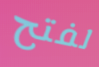
لفتح